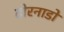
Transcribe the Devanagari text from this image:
टोरनाडो